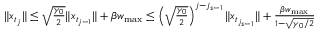
\begin{array} { r } { \| x _ { t _ { j } } \| \leq \sqrt { \frac { \gamma _ { 0 } } { 2 } } \| x _ { t _ { j - 1 } } \| + \beta w _ { \operatorname* { m a x } } \leq \left( \sqrt { \frac { \gamma _ { 0 } } { 2 } } \right) ^ { j - j _ { s - 1 } } \| x _ { t _ { j _ { s - 1 } } } \| + \frac { \beta w _ { \operatorname* { m a x } } } { 1 - \sqrt { \gamma _ { 0 } / 2 } } } \end{array}